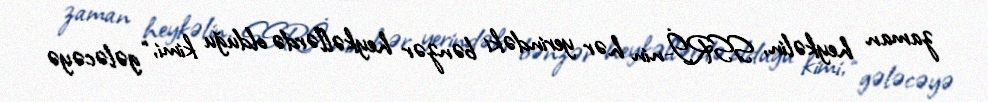
zaman heykəlin, SSRİ-nin hər yerindəki bənzər heykəllərdə olduğu kimi, “gələcəyə